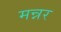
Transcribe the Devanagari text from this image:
मन्नर